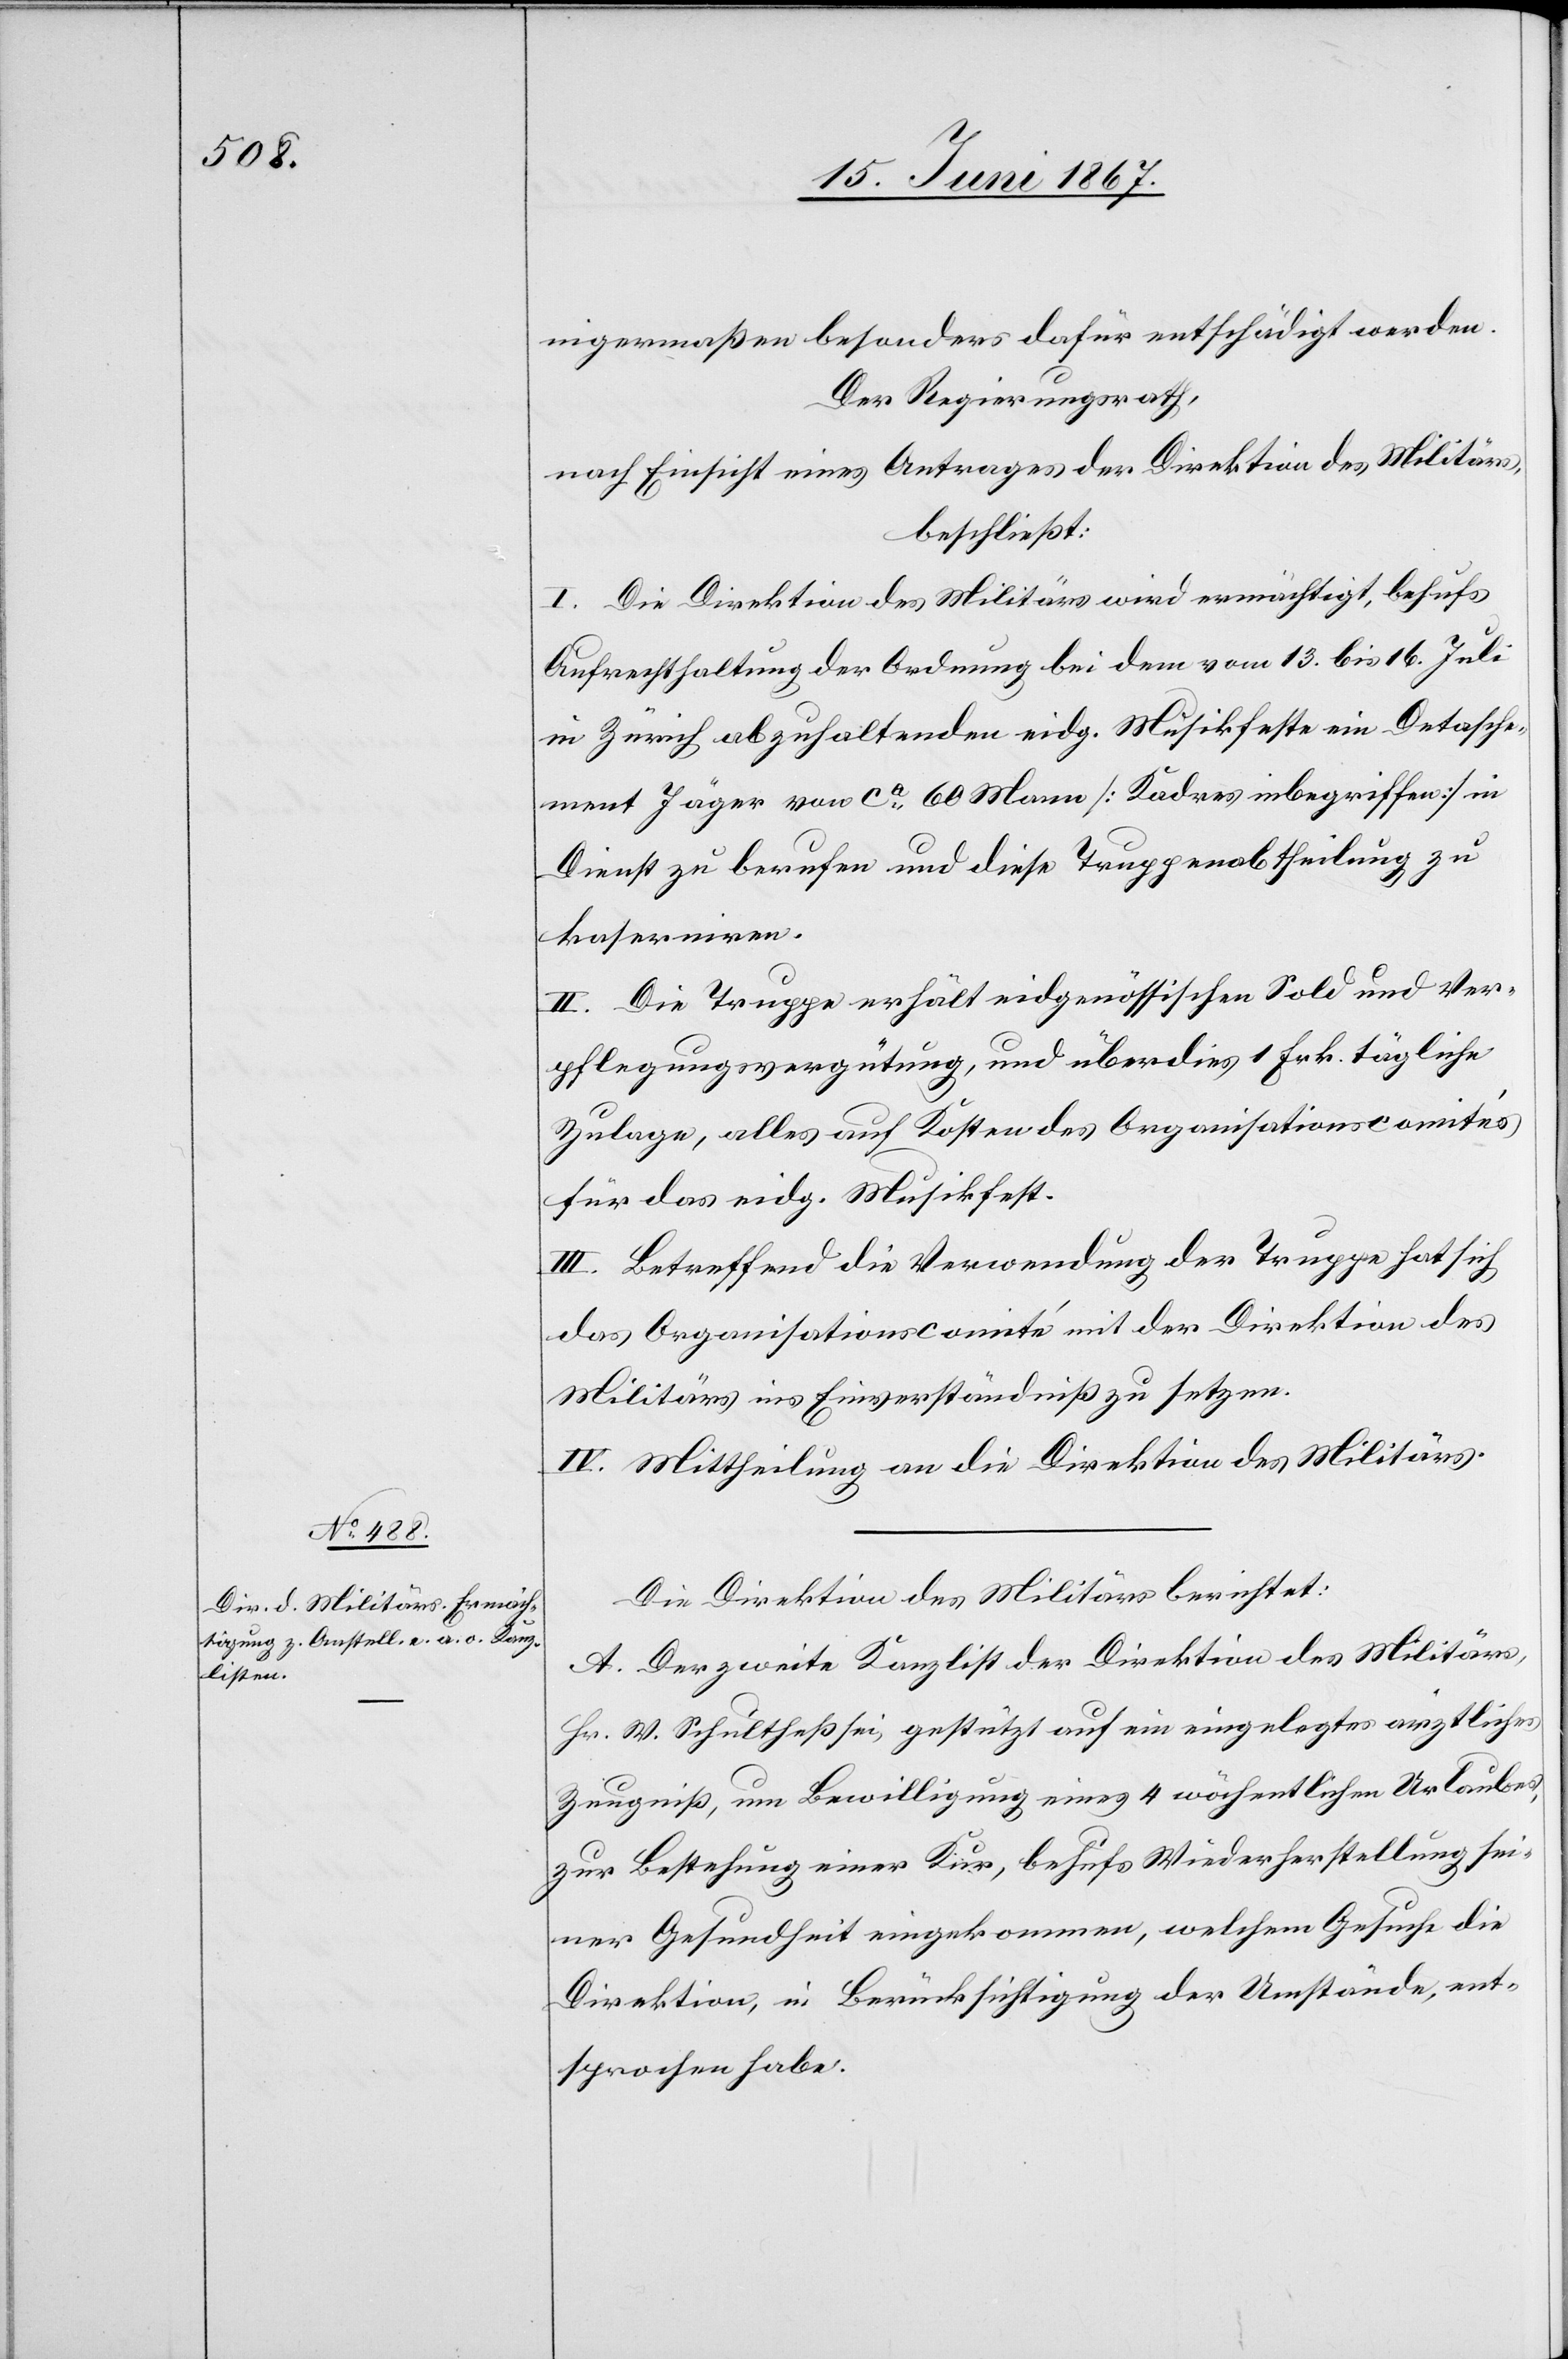
nigermaßen besonders dafür entschädigt werden.
Der Regierungsrath,
nach Einsicht eines Antrages der Direktion des Militärs,
beschließt:
I. Die Direktion des Militärs wird ermächtigt, behufs
Aufrechthaltung der Ordnung bei dem vom 13. bis 16. Juli
in Zürich abzuhaltenden eidg. Musikfeste ein Detasche¬
ment Jäger von ca. 60 Mann [Kaders inbegriffen] in
Dienst zu berufen und diese Truppenabtheilung zu
kaserniren.
II. Die Truppe erhält eidgenössischen Sold und Ver¬
pflegungsvergütung, und überdies 1 Frk. tägliche
Zulage, alles auf Kosten des Organisationscomités
für das eidg. Musikfest.
III. Betreffend die Verwendung der Truppe hat sich
das Organisationscomité mit der Direktion des
Militärs ins Einverständniß zu setzen.
IV. Mittheilung an die Direktion des Militärs.
Die Direktion des Militärs berichtet:
A. Der zweite Kanzlist der Direktion des Militärs,
Hr. W. Schultheß sei, gestützt auf ein eingelegtes ärztliches
Zeugniß, um Bewilligung eines 4 wöchentlichen Urlaubes,
zur Bestehung einer Kur, behufs Wiederherstellung sei¬
ner Gesundheit eingekommen, welchem Gesuche die
Direktion, in Berücksichtigung der Umstände, ent¬
sprochen habe.